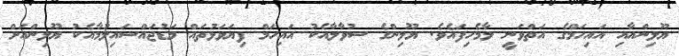
ޔޫލިންއާއި އައިހަމްގެ އަތްވަނީ ލާމެހިފައެވެ. ޔޫލިންގެ ސުވާލާއެކު އައިހަމް ފިޔަވަޅުތައް މަޑުޖައްސައިލުމާއެކު ޔޫލިންއަށް